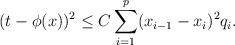
LaTeX: \begin{align*}(t-\phi(x))^2\leq C\sum_{i=1}^p(x_{i-1}-x_i)^2{ q_i}.\end{align*}